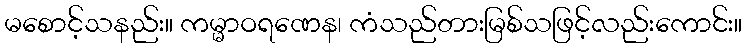
မစောင့်သနည်း။ ကမ္မာဝရဏေန၊ ကံသည်တားမြစ်သဖြင့်လည်းကောင်း။